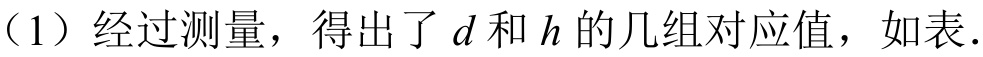
（1）经过测量，得出了\(d\)和\(h\)的几组对应值，如表.